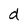
Character: d